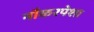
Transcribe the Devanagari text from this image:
नौकरपेशा